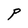
Character: P